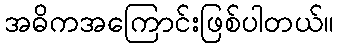
အဓိကအကြောင်းဖြစ်ပါတယ်။